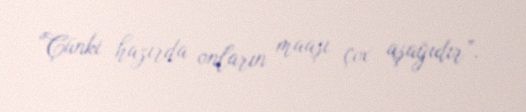
“Çünki hazırda onların maaşı çox aşağıdır”.